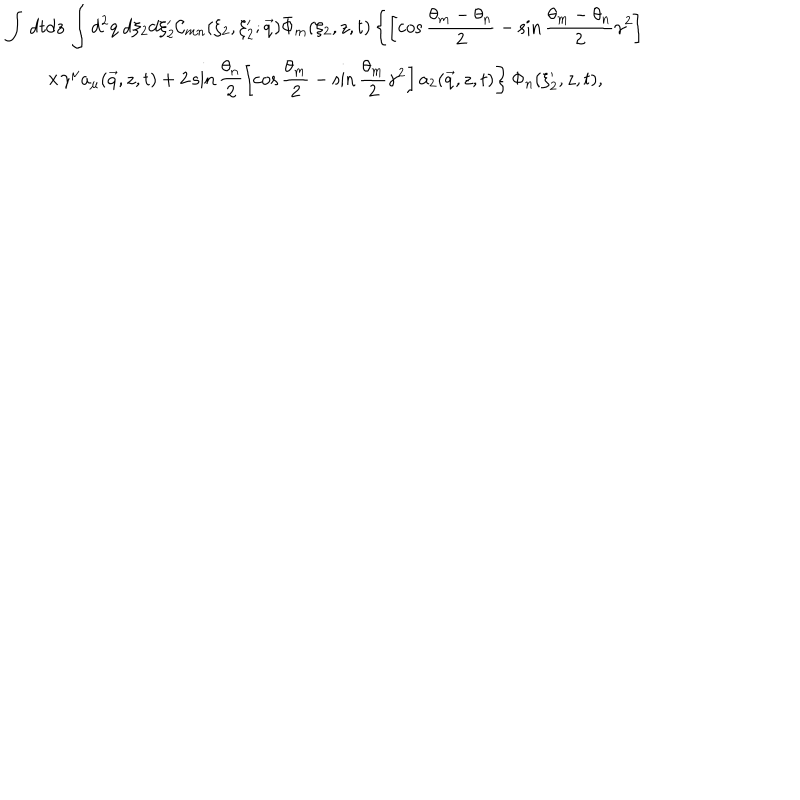
\begin{array} { c } { { { \displaystyle { \int \, d t d z \, \int d ^ { 2 } q \ d \xi _ { 2 } d \xi _ { 2 } ^ { \prime } { \mathcal { C } } _ { m n } ( \xi _ { 2 } , \xi _ { 2 } ^ { \prime } ; \vec { q } ) \bar { \Phi } _ { m } ( \xi _ { 2 } , z , t ) \left\{ \left[ \cos \frac { \theta _ { m } - \theta _ { n } } { 2 } - \sin \frac { \theta _ { m } - \theta _ { n } } { 2 } \gamma ^ { 2 } \right] \right. } } } } \\ { { { \displaystyle { \left. \times \gamma ^ { \mu } a _ { \mu } ( \vec { q } , z , t ) + 2 \sin \frac { \theta _ { n } } { 2 } \left[ \cos \frac { \theta _ { m } } { 2 } - \sin \frac { \theta _ { m } } { 2 } \gamma ^ { 2 } \right] a _ { 2 } ( \vec { q } , z , t ) \right\} \Phi _ { n } ( \xi _ { 2 } ^ { \prime } , z , t ) , } } } } \\ \end{array}